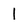
Character: 1